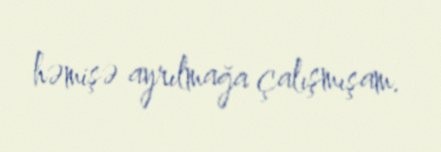
həmişə ayrılmağa çalışmışam.